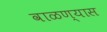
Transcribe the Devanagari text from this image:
वाळण्यास